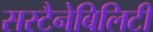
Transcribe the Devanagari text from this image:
सस्टैनेबिलिटी